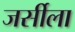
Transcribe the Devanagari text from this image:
जर्सीला